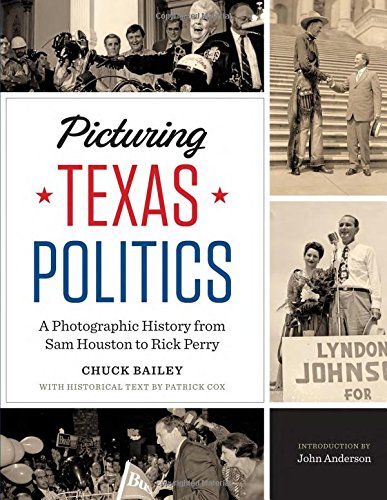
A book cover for Picturing Texas Politics: A Photographic History from Sam Houston to Rick Perry (Focus on American History); Chuck Bailey; Arts & Photography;